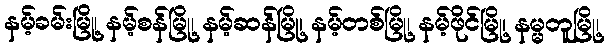
နမ့်ခမ်းမြို့၊ နမ့်စန်မြို့၊ နမ့်ဆန်မြို့၊ နမ့်တစ်မြို့၊ နမ့်ဖိုင်မြို့၊ နမ္မတူမြို့၊